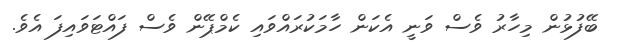
ބޭފުޅުން މިހާރު ވެސް ވަނީ އެކަން ހާމަކުރައްވައި ކެމްޕޭން ވެސް ފައްޓަވައިފަ އެވެ.